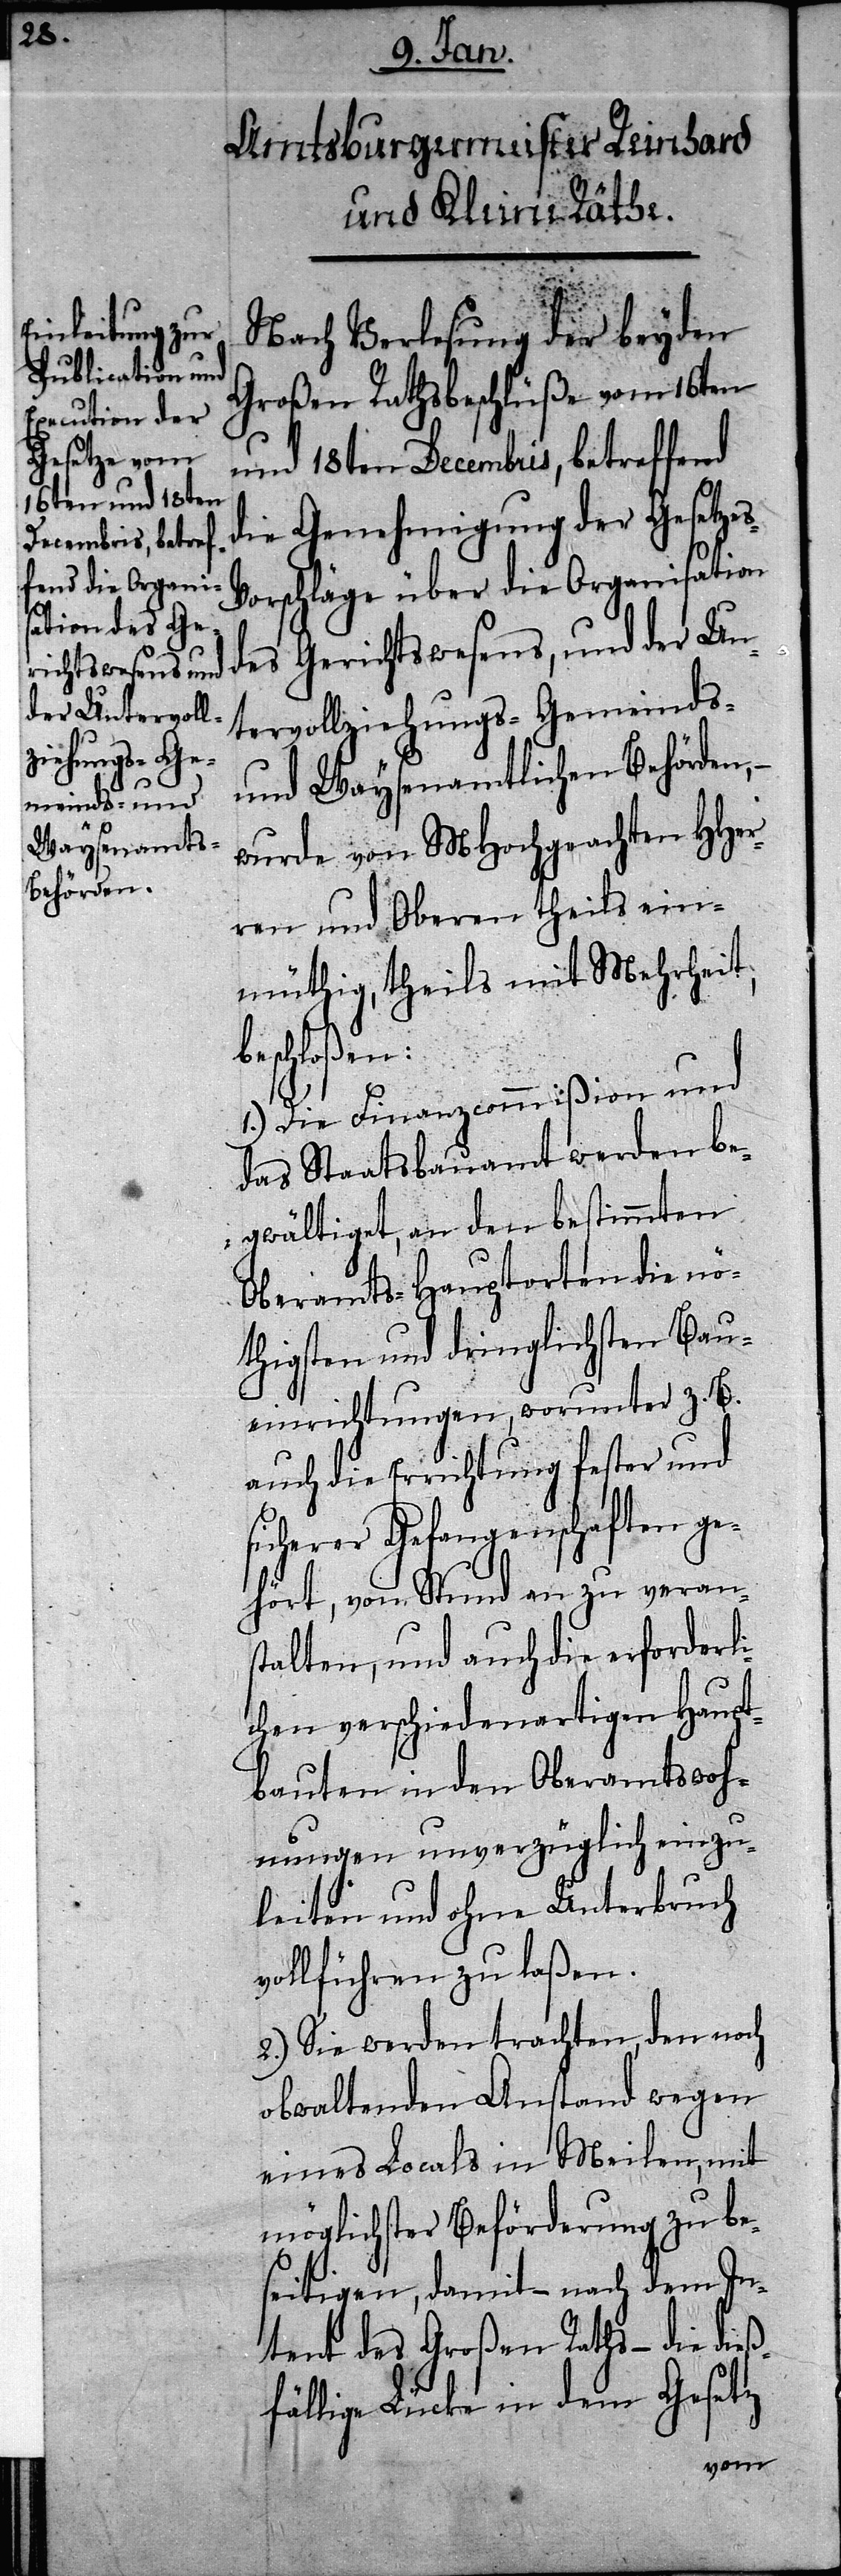
s-V¬

Nach Verlesung der beyden
Großen Rathsbeschlüße vom 16ten
und 18ten Decembris, betreffend
die Genehmigung der Gesetze¬
orschläge über die Organisation
des Gerichtswesens, und der Un¬
tervollziehungs-[,] Gemeinds-
und Waysenamtlichen Behörden, –
wurde von MHochgeachten HHer¬
ren und Obern theils ein¬
müthig, theils mit Mehrheit,
beschloßen:
1.) Die Finanzcommißion und
das Staatsbauamt werden be¬
gwältiget, an den bestimmten
Oberamts-Hauptorten die nö¬
thigsten und dringlichsten Bau¬
einrichtungen, worunter z. B.
auch die Errichtung fester und
sicherer Gefangenschaften ge¬
hört, von Stund an zu verans¬
talten, und auch die erforderli¬
chen verschiedenartigen Haupt¬
bauten in den Oberamtswoh¬
nungen unverzüglich einzu¬
leiten und ohne Unterbruch
vollführen zu laßen.
2.) Sie werden trachten, den noch
obwaltenden Anstand wegen
eines Locals in Meilen, mit
möglichster Beförderung zu be¬
seitigen, damit – nach dem In¬
tent des Großen Raths – die dieß¬
fällige Lücke in dem Gesetz